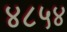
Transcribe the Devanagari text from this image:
४८५४